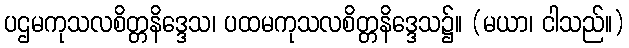
ပဌမကုသလစိတ္တနိဒ္ဒေသ၊ ပထမကုသလစိတ္တနိဒ္ဒေသ၌။ (မယာ၊ ငါသည်။)